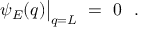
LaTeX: \psi _ { E } ( q ) \bigr | _ { q = L } \ = \ 0 \ \ .